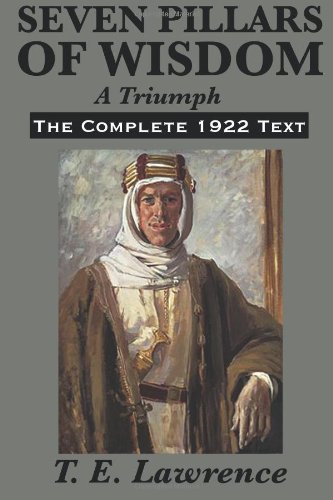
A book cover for Seven Pillars of Wisdom: A Triumph: The Complete 1922 Text; T. E. Lawrence; History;